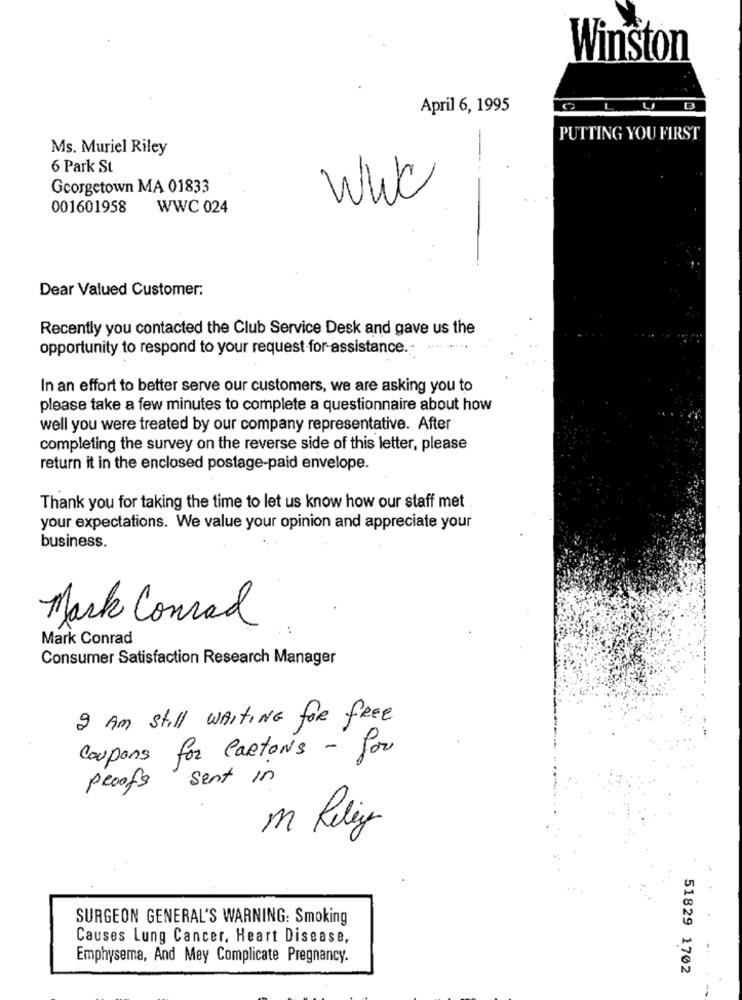
Winston
April 6, 1995
CLUB
PUTTING YOU FIRST
Ms. Muriel Riley
-
6 Park St
Georgetown MA 01833
Www
001601958
WWC 024
Dear Valued Customer:
Recently you contacted the Club Service Desk and gave us the
opportunity to respond to your request for-assistance.
In an effort to better serve our customers, we are asking you to
please take a few minutes to complete a questionnaire about how
well you were treated by our company representative. After
completing the survey on the reverse side of this letter, please
return it in the enclosed postage-paid envelope.
Thank you for taking the time to let us know how our staff met
your expectations. We value your opinion and appreciate your
business.
Mark Conrad
Mark Conrad
Consumer Satisfaction Research Manager
I Am still WAITING for FREE
Coupons for Cartons - for
sent in
proofs
m Riley
SURGEON GENERAL'S WARNING: Smoking
Causes Lung Cancer, Heart Disease,
Emphysema, And Mey Complicate Pregnancy.
51829 1702